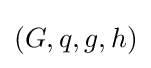
(G,q,g,h)